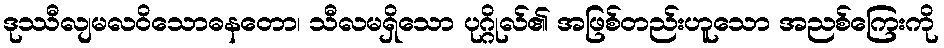
ဒုဿီလျမလဝိသောဓနတော၊ သီလမရှိသော ပုဂ္ဂိုလ်၏ အဖြစ်တည်းဟူသော အညစ်ကြေးကို